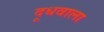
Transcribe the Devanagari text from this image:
दूधवाला